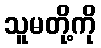
သူမတို့ကို